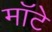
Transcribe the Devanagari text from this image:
मॉटे